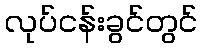
လုပ်ငန်းခွင်တွင်